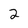
Character: 2